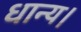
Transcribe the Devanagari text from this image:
धान्य।